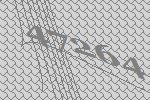
47264